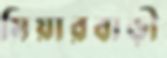
মিয়ারবাড়ী